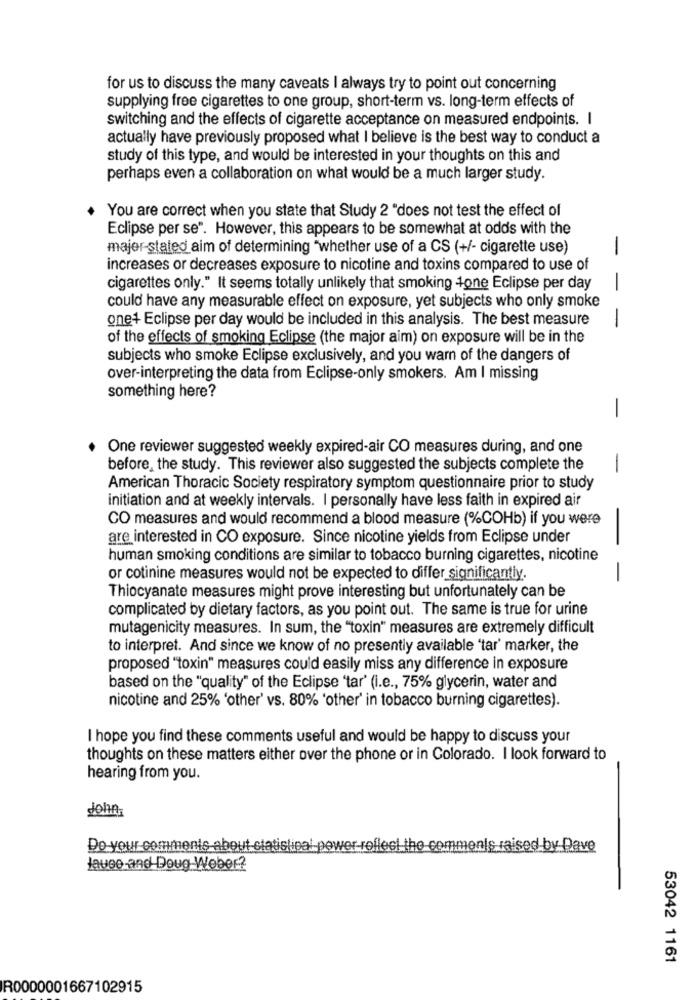
for us to discuss the many caveats I always try to point out concerning
supplying free cigarettes to one group, short-term vs. long-term effects of
switching and the effects of cigarette acceptance on measured endpoints. I
actually have previously proposed what I believe is the best way to conduct a
study of this type, and would be interested in your thoughts on this and
perhaps even a collaboration on what would be a much larger study.
You are correct when you state that Study 2 "does not test the effect of
Eclipse per se". However, this appears to be somewhat at odds with the
majer-stated aim of determining "whether use of a CS (+/- cigarette use)
-
increases or decreases exposure to nicotine and toxins compared to use of
cigarettes only." It seems totally unlikely that smoking 4one Eclipse per day
-
could have any measurable effect on exposure, yet subjects who only smoke
one+ Eclipse per day would be included in this analysis. The best measure
-
of the effects of smoking Eclipse (the major aim) on exposure will be in the
subjects who smoke Eclipse exclusively, and you warn of the dangers of
over-interpreting the data from Eclipse-only smokers. Am I missing
something here?
-
One reviewer suggested weekly expired-air CO measures during, and one
before, the study. This reviewer also suggested the subjects complete the
-
American Thoracic Society respiratory symptom questionnaire prior to study
initiation and at weekly intervals. I personally have less faith in expired air
CO measures and would recommend a blood measure (%COHb) if you were
are interested in CO exposure. Since nicotine yields from Eclipse under
human smoking conditions are similar to tobacco burning cigarettes, nicotine
or cotinine measures would not be expected to differ significantly.
--
Thiocyanate measures might prove interesting but unfortunately can be
complicated by dietary factors, as you point out. The same is true for urine
mutagenicity measures. In sum, the "toxin" measures are extremely difficult
to interpret. And since we know of no presently available "tar' marker, the
proposed "toxin" measures could easily miss any difference in exposure
based on the "quality" of the Eclipse 'tar' (i.e ., 75% glycerin, water and
nicotine and 25% 'other' vs. 80% 'other' in tobacco burning cigarettes).
I hope you find these comments useful and would be happy to discuss your
thoughts on these matters either over the phone or in Colorado. I look forward to
hearing from you.
John
Do your comments about statistical power-reflect the comments raised by Pave
Jauee and Doug Weber?
53042 1161
R0000001667102915